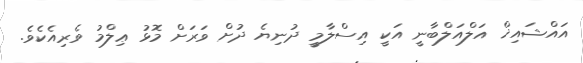
އައްޝައިޚް އަލްއަލްބާނީ އަކީ އިސްލާމީ ދުނިޔެ ދުށް ވަރަށް މޮޅު ޢިލްމު ވެރިއެކެވެ.